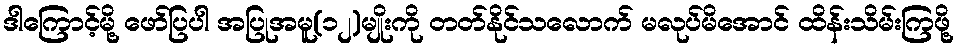
ဒါကြောင့်မို့ ဖော်ပြပါ အပြုအမူ(၁၂)မျိုးကို တတ်နိုင်သလောက် မလုပ်မိအောင် ထိန်းသိမ်းကြဖို့